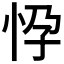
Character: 𢘩